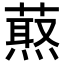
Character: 𦼈